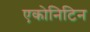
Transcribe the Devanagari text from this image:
एकोनिटिन